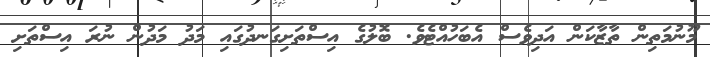
މޫނުމަތިން ތާޒާކަން އަދިވެސް އެބަހުއްޓެވެ. ބޮލުގެ އިސްތަށިގަނދުގައި މަދު މަދުން ނުރަ އިސްތަށި